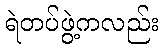
ရဲတပ်ဖွဲ့ကလည်း